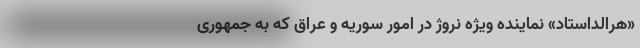
«هرالداستاد» نماینده ویژه نروژ در امور سوریه و عراق که به جمهوری